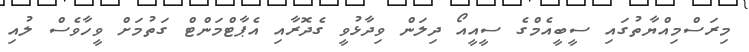
މިރަސްމިއްޔާތުގައި ސީބީއެމްގެ ސީއީއޯ ދިލަން ވިދާޅުވީ ގެދޮރާއި އެޕާޓްމަންޓް ގަތުމަށް ވީހާވެސް ލުއި